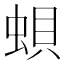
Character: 蛽